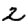
Digit: 2